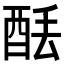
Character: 𫟮